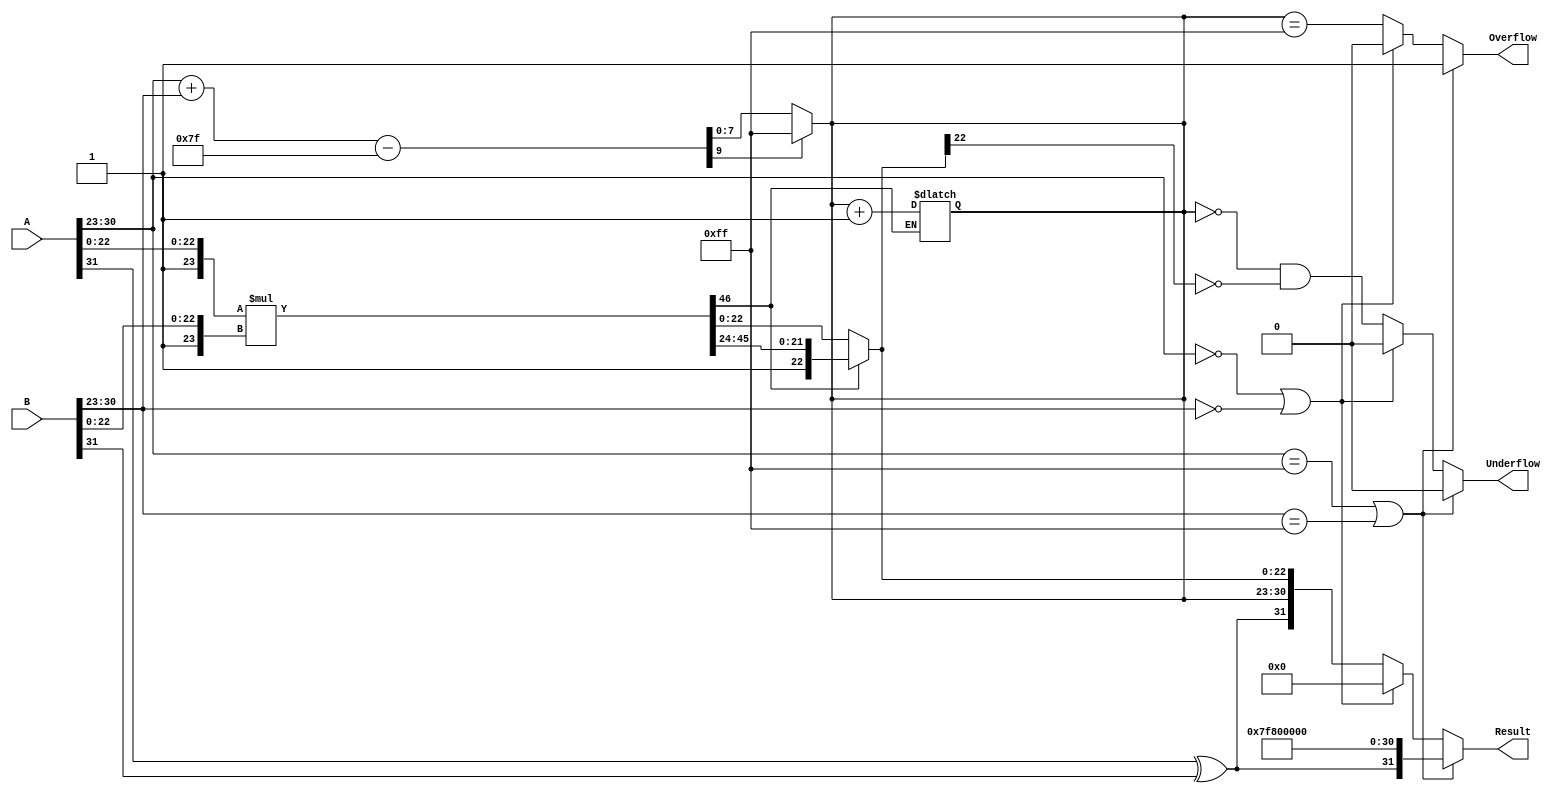
module fp_multiplier (
    input [31:0] A,          // First floating-point operand
    input [31:0] B,          // Second floating-point operand
    output reg [31:0] Result, // Resulting floating-point product
    output reg Overflow,      // Overflow flag
    output reg Underflow      // Underflow flag
);

    // Constants
    localparam BIAS = 8'd127;
    localparam EXPONENT_BITS = 8;
    localparam MANTISSA_BITS = 23;

    // Internal signals
    wire signA, signB, signResult;
    wire [EXPONENT_BITS-1:0] expA, expB, expResult;
    wire [MANTISSA_BITS-1:0] mantA, mantB;
    wire [MANTISSA_BITS+1:0] mantResult; // Extra bit for normalization
    wire [EXPONENT_BITS+1:0] expSum;     // For exponent calculation
    wire [MANTISSA_BITS*2:0] mantProduct; // Product of mantissas

    // Extract sign, exponent, and mantissa
    assign signA = A[31];
    assign expA = A[30:23];
    assign mantA = A[22:0];
    
    assign signB = B[31];
    assign expB = B[30:23];
    assign mantB = B[22:0];

    // Calculate sign of the result
    assign signResult = signA ^ signB;

    // Calculate exponent
    assign expSum = {1'b0, expA} + {1'b0, expB} - BIAS; // Add exponents and subtract bias
    assign expResult = expSum[EXPONENT_BITS+1] ? 8'hFF : expSum[EXPONENT_BITS-1:0]; // Check for overflow

    // Calculate mantissa product
    assign mantProduct = {1'b1, mantA} * {1'b1, mantB}; // Include implicit leading 1

    // Normalize mantissa
    always @(*) begin
        if (mantProduct[MANTISSA_BITS*2]) begin // If the product is too large
            mantResult = mantProduct[MANTISSA_BITS*2:MANTISSA_BITS+1]; // Shift right
            expResult = expResult + 1; // Increment exponent
        end else begin
            mantResult = mantProduct[MANTISSA_BITS-1:0]; // Normal case
        end
    end

    // Handle special cases
    always @(*) begin
        if (expA == 8'hFF || expB == 8'hFF) begin // Check for NaN or Infinity
            Result = {signResult, 8'hFF, 23'b0}; // Result is Infinity
            Overflow = 1'b1;
            Underflow = 1'b0;
        end else if (expA == 8'h00 || expB == 8'h00) begin // Check for zero
            Result = 32'b0; // Result is zero
            Overflow = 1'b0;
            Underflow = 1'b0;
        end else begin
            Result = {signResult, expResult, mantResult[MANTISSA_BITS-1:0]}; // Assemble result
            Overflow = (expResult == 8'hFF); // Set overflow flag
            Underflow = (expResult == 8'h00 && mantResult[MANTISSA_BITS-1] == 1'b0); // Set underflow flag
        end
    end

endmodule